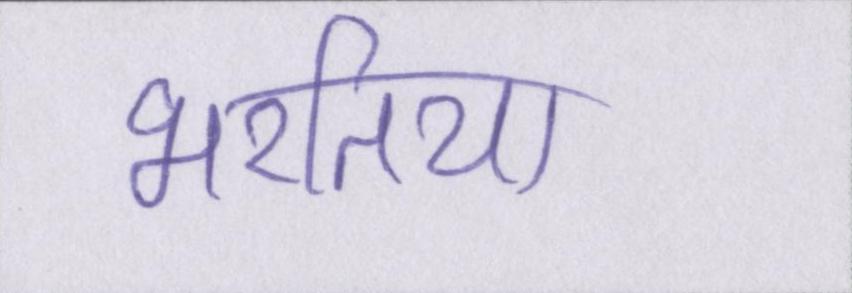
भरतिया